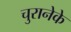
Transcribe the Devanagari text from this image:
चुरानेके